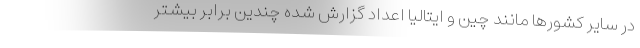
در سایر کشورها مانند چین و ایتالیا اعداد گزارش شده چندین برابر بیشتر